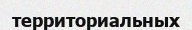
территориальных